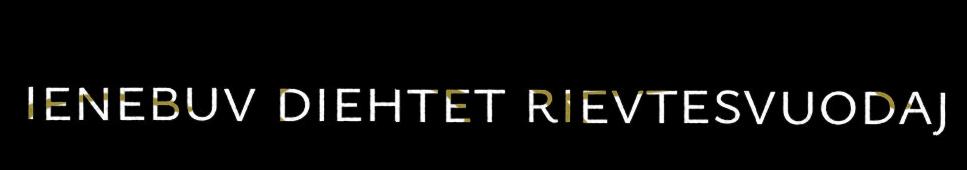
ienebuv diehtet rievtesvuodaj